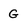
Character: G